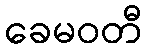
ခေမဝတီ